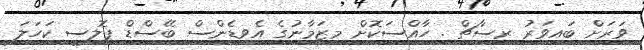
ވަރަށް ބައިވަރު ރިސާޗް . ހާއްސަކޮށް މިޒަމާނުގެ އެވިޑެންސް ބޭސްޑް ޕޮލިސީ ކަހަލަ